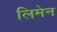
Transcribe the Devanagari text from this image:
लिमेन